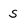
Character: s